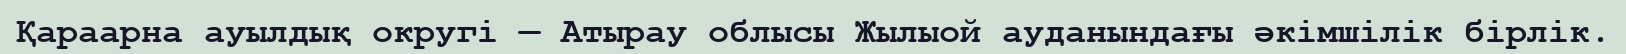
Қараарна ауылдық округі — Атырау облысы Жылыой ауданындағы әкімшілік бірлік.